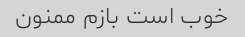
خوب است بازم ممنون